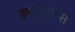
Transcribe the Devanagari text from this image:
क्वाड्रीसेप्स